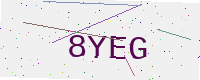
Text: 8YEG